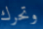
وتحرك